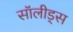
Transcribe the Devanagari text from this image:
सॉलीड्स